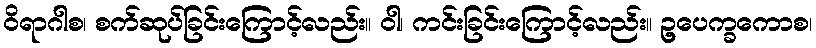
ဝိရာဂါစ၊ စက်ဆုပ်ခြင်းကြောင့်လည်း။ ဝါ၊ ကင်းခြင်းကြောင့်လည်း။ ဥ့ပေက္ခကောစ၊